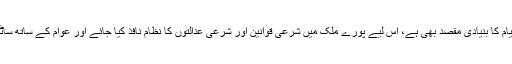
جبکہ یہ پاکستان کے نام سے ایک الگ ریاست کے قیام کا بنیادی مقصد بھی ہے، اس لیے پورے ملک میں شرعی قوانین اور شرعی عدالتوں کا نظام نافذ کیا جائے اور عوام کے ساتھ ساٹھ سال قبل کیے جانے والے عہد کی تکمیل کی جائے۔